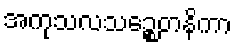
အကုသလသဉ္စေတနိကာ